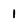
Character: 1